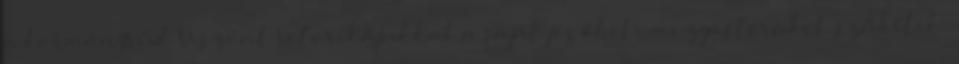
a kormányrúd. Viszont retorikájukkal a saját jövőbeli mozgásterüket szűkítik.